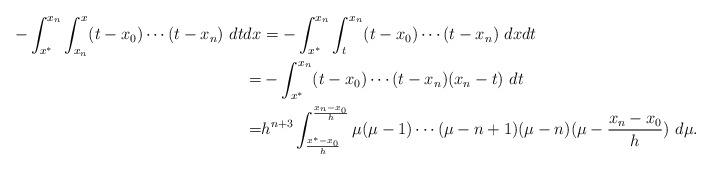
LaTeX: \begin{align*}\begin{aligned}-\int_{x^*}^{x_n} \int_{x_n}^{x} (t-x_0)\cdots(t-x_n)\ dtdx&=-\int_{x^*}^{x_n} \int_{t}^{x_n} (t-x_0)\cdots(t-x_n)\ dxdt\\=&-\int_{x^*}^{x_n} (t-x_0)\cdots(t-x_n)(x_n-t)\ dt\\=&h^{n+3}\int_{\frac{x^*-x_0}{h}}^{\frac{x_n-x_0}{h}} \mu(\mu-1)\cdots(\mu-n+1)(\mu-n)(\mu-\frac{x_n-x_0}{h})\ d\mu.\end{aligned}\end{align*}